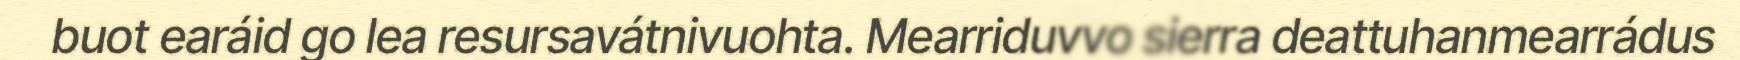
buot earáid go lea resursavátnivuohta. Mearriduvvo sierra deattuhanmearrádus